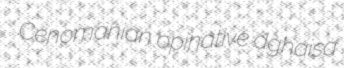
Cenomanian opinative dghaisa